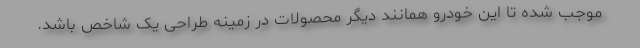
موجب شده تا این خودرو همانند دیگر محصولات در زمینه طراحی یک شاخص باشد.